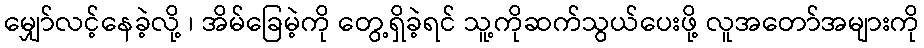
မျှော်လင့်နေခဲ့လို့ ၊ အိမ်ခြေမဲ့ကို တွေ့ရှိခဲ့ရင် သူ့ကိုဆက်သွယ်ပေးဖို့ လူအတော်အများကို